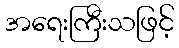
အရေးကြီးသဖြင့်